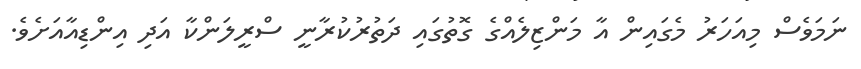
ނަމަވެސް މިއަހަރު މެގައިން އާ މަންޒިލެއްގެ ގޮތުގައި ދަތުރުކުރާނީ ސްރީލަންކާ އަދި އިންޑިއާއަށެވެ.